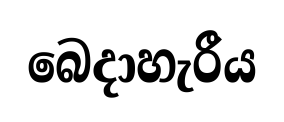
බෙදාහැරීය